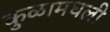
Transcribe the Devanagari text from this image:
कुळामधली